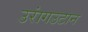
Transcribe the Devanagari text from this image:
उरांगउटान